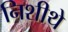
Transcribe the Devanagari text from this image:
निशीथे